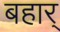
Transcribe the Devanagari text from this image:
बहार्